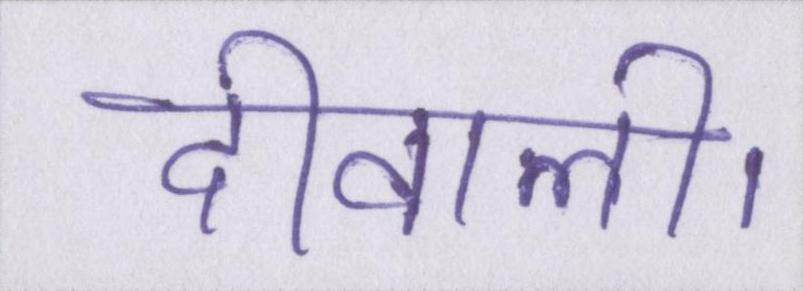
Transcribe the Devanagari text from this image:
दीवाली